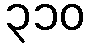
၃၁၀